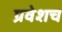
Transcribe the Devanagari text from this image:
प्रवेशच